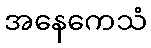
အနေကေသံ